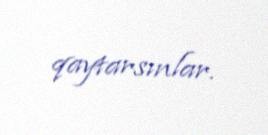
qaytarsınlar.